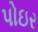
પોઇર